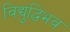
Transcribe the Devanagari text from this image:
विद्युद्धिभव